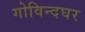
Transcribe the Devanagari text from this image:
गोविन्दघर